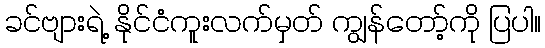
ခင်ဗျားရဲ့ နိုင်ငံကူးလက်မှတ် ကျွန်တော့်ကို ပြပါ။